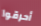
أحرقوا